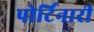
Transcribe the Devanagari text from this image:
पोर्टिनारी